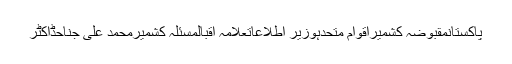
پاکستانمقبوضہ کشمیراقوام متحدہوزیر اطلاعاتعلامہ اقبالمسئلہ کشمیرمحمد علی جناحڈاکٹر